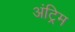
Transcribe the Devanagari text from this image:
अंट्रिम